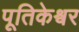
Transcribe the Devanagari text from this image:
पूतिकेश्वर